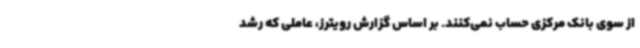
از سوی بانک مرکزی حساب نمی‌کنند. بر اساس گزارش رویترز، عاملی که رشد